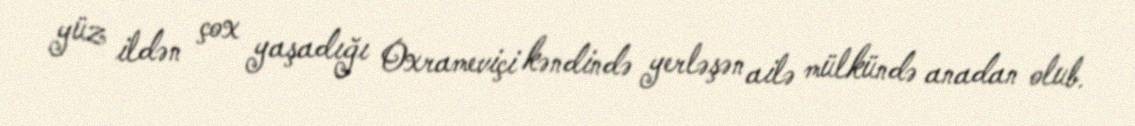
yüz ildən çox yaşadığı Oxrameviçi kəndində yerləşən ailə mülkündə anadan olub.